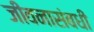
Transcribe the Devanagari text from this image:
जीवनासंबधी